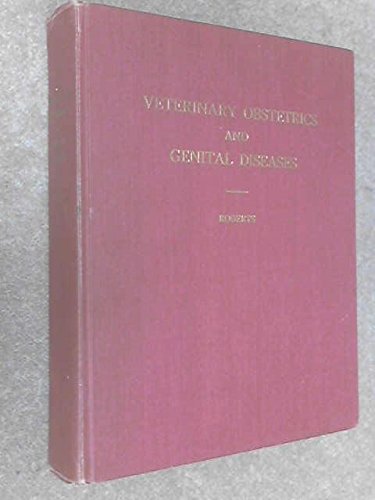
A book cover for Veterinary obstetrics and genital diseases; Stephen J Roberts; Medical Books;